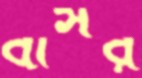
বাসর